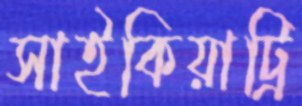
সাইকিয়াট্রি